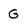
Character: G